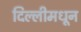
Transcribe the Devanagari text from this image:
दिल्लीमधून